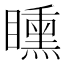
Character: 矄